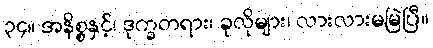
၃၄။ အနိစ္စနှင့်၊ ဒုက္ခတရား၊ ခုလိုများ၊ လားလားမမြဲပြီ။